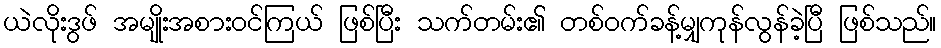
ယဲလိုးဒွဖ် အမျိုးအစားဝင်ကြယ် ဖြစ်ပြီး သက်တမ်း၏ တစ်ဝက်ခန့်မျှကုန်လွန်ခဲ့ပြီ ဖြစ်သည်။